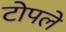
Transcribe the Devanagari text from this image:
टोपले